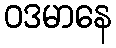
ဝဒမာနေ